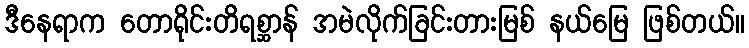
ဒီနေရာက တောရိုင်းတိရစ္ဆာန် အမဲလိုက်ခြင်းတားမြစ် နယ်မြေ ဖြစ်တယ်။